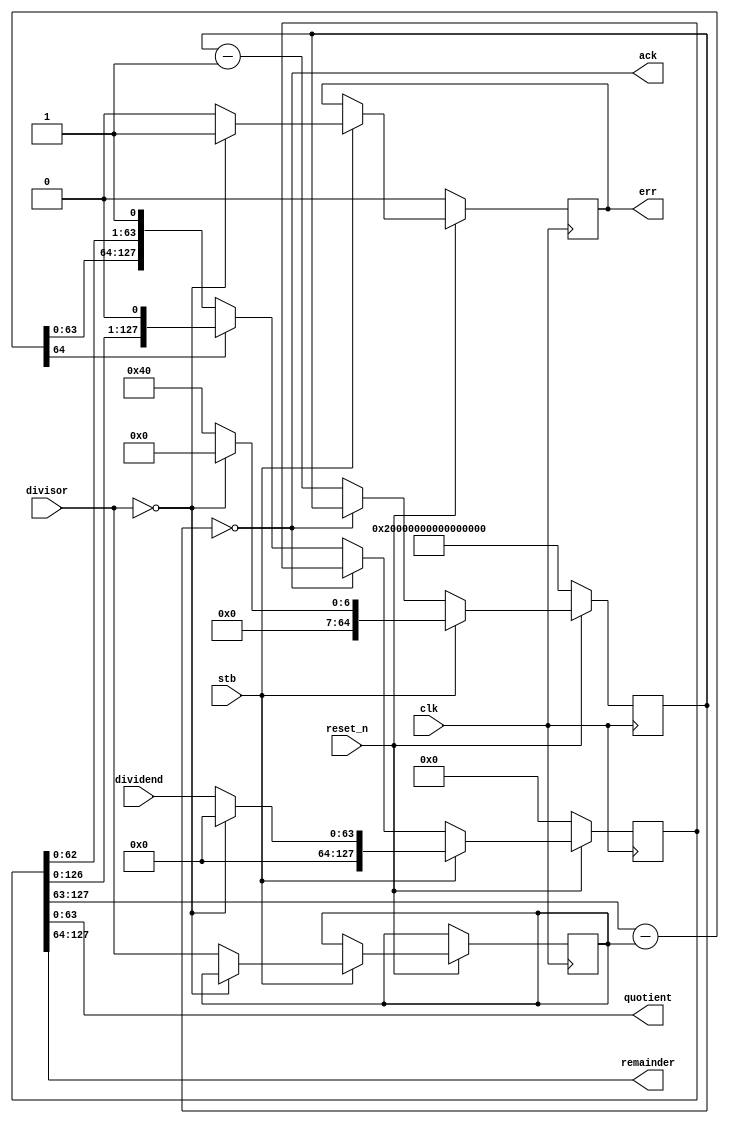
module divider(clk, reset_n, dividend, divisor, stb, quotient, remainder, ack, err);

	parameter data_width = 64;
	
	input clk, reset_n;
	input [data_width-1:0] dividend;
	input [data_width-1:0] divisor;
	input stb;
	
	reg [2*data_width-1:0] qr;
	reg [data_width:0] counter;
	reg [data_width-1:0] divisor_r;
	wire [data_width:0] diff = qr[2*data_width-1:data_width-1] - divisor_r;
	
	output [data_width-1:0] quotient;
	output [data_width-1:0] remainder;
	output ack;
	output reg err;
	
	assign quotient = qr[data_width-1:0];
	assign remainder = qr[data_width*2-1:data_width];
	assign ack = (counter == 0);
	
	always @(posedge clk) begin
		if (~reset_n) begin
			counter <= ~0;
			qr <= 0;
			err <= 0;
		end 
		else begin
		    if (stb) begin
			    if (divisor == 0) begin
                    counter <= 0;
                    qr <= 0;
                    err <= 1;
                end 
                else begin
                    counter <= data_width;
                    qr <= dividend;
                    divisor_r <= divisor;
                    err <= 0;
                end
            end else if (~(counter == 0)) begin
                if (diff[data_width]) begin
                    qr <= {qr[2*data_width-2:0], 1'b0};
                end 
                else begin
                    qr <= {diff[data_width-1:0], qr[data_width-2:0], 1'b1};
                end
                counter <= counter - 1;
            end
        end
	end
endmodule